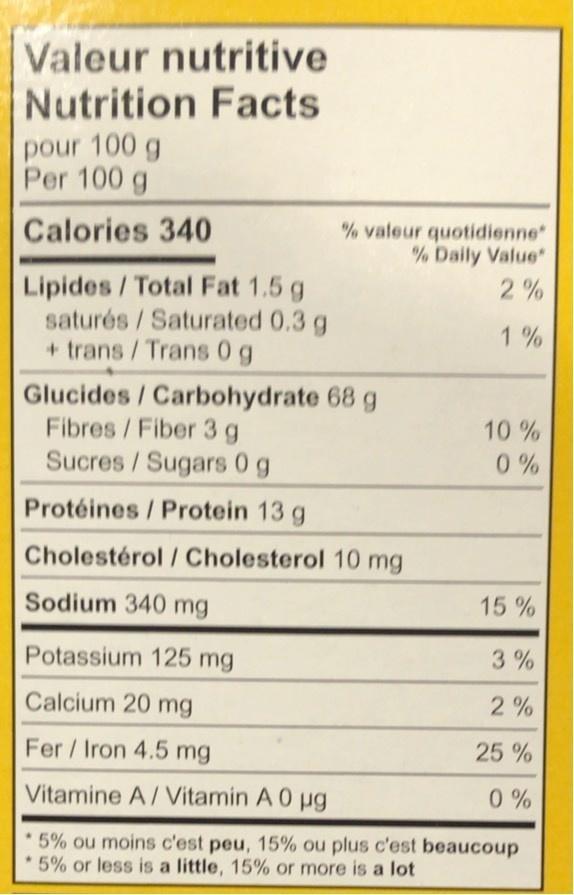
Valeur nutritive Nutrition Facts
pour 100 g Per 100 g
Calories 340
% valeur quotidienne" % Daily Value
Lipides /Total Fat 1.5 g saturés/Saturated 0.3 g + trans/Trans 0 g
2%
1%
Glucides / Carbohydrate 68 g Fibres /Fiber 3g Sucres /Sugars 0g
10%
0%
Protéines / Protein 13 g
Cholestérol / Cholesterol 10 mg
Sodium 340 mg
15 %
Potassium 125 mg
3%
Calcium 20 mg
2%
Fer/ Iron 4.5 mg
25%
Vitamine A/Vitamin A 0 ug
0 %
5% ou moins c'est peu, 15% ou plus c'est beaucoup 5% or less is a little, 15% or more is a lot